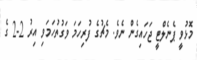
މޮޅުވީ ޕެނެލްޓީ ޖަހައިގެން ނެވެ. މެޗުގެ ފުރިހަމަ ވަގުތުހަމަވި އިރު 2-2 ގެ